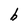
Character: b